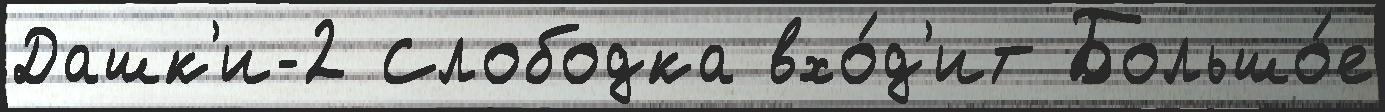
Дашк'и-2 Слободка вхо́д'ит Большо́е